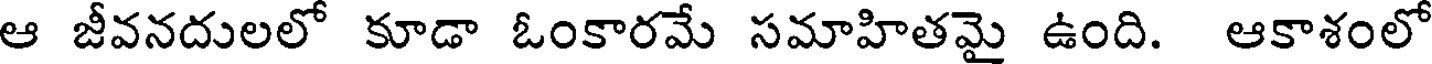
ఆ జీవనదులలో కూడా ఓంకారమే సమాహితమై ఉంది. ఆకాశంలో